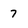
Character: 7